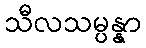
သီလသမ္ပန္နာ